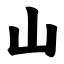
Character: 山